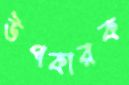
উপকারক